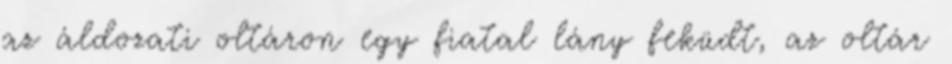
az áldozati oltáron egy fiatal lány feküdt, az oltár